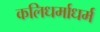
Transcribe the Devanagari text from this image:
कलिधर्माधर्म